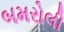
બમરોલી